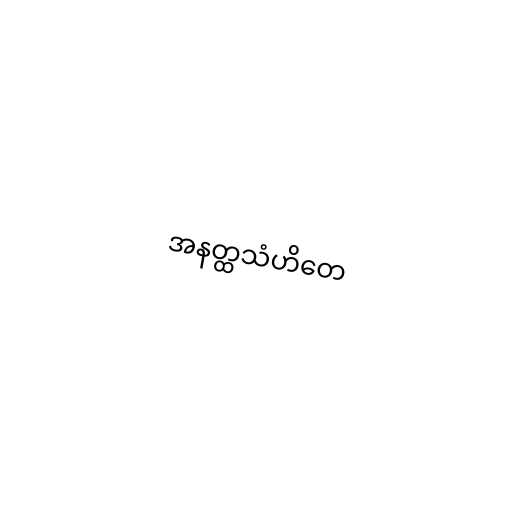
အနတ္ထသံဟိတေ